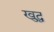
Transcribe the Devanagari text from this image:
खुद्ध